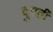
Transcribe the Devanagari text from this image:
दुपर्ती